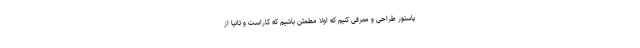
پاستور طراحی و معرفی کنیم که اولا مطمئن باشیم که کاراست و ثانیا از